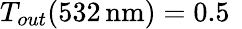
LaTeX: T_{out}(532\, \mathrm{nm})=0.5\, \